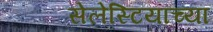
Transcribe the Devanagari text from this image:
सेलेस्टियाच्या